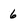
Character: 6